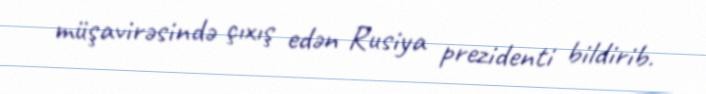
müşavirəsində çıxış edən Rusiya prezidenti bildirib.